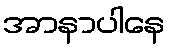
အာနာပါနေ